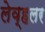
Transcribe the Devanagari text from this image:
लेव्हलर